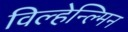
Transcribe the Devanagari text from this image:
विल्हेन्ल्मिन